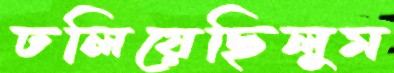
ঢলিয়েছিলুম